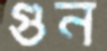
গুন